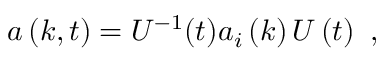
a \left( k , t \right) = U ^ { - 1 } ( t ) a _ { i } \left( k \right) U \left( t \right) ~ ,